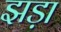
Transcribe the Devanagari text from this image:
झड़ा